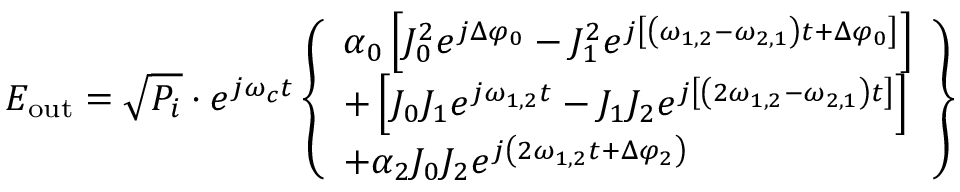
E _ { \mathrm { o u t } } = \sqrt { P _ { i } } \cdot e ^ { j \omega _ { c } t } \left\{ \begin{array} { l } { \alpha _ { 0 } \left[ J _ { 0 } ^ { 2 } e ^ { j \Delta \varphi _ { 0 } } - J _ { 1 } ^ { 2 } e ^ { j \left[ \left( \omega _ { 1 , 2 } - \omega _ { 2 , 1 } \right) t + \Delta \varphi _ { 0 } \right] } \right] } \\ { + \left[ J _ { 0 } J _ { 1 } e ^ { j \omega _ { 1 , 2 } t } - J _ { 1 } J _ { 2 } e ^ { j \left[ \left( 2 \omega _ { 1 , 2 } - \omega _ { 2 , 1 } \right) t \right] } \right] } \\ { + \alpha _ { 2 } J _ { 0 } J _ { 2 } e ^ { j \left( 2 \omega _ { 1 , 2 } t + \Delta \varphi _ { 2 } \right) } } \end{array} \right\}